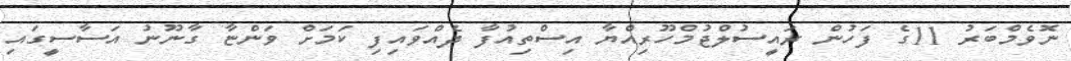
ނޮވެމްބަރު 11ގެ ފަހުން ރައީސުލްޖުމްހޫރިއްޔާ އިސްތިއުފާ ދެއްވައިފި ކަމަށް ވަންޏާ ގާނޫނު އަސާސީގައި